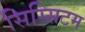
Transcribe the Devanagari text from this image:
सिस्सिटम